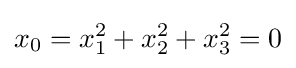
x_{0}=x_{1}^{2}+x_{2}^{2}+x_{3}^{2}=0